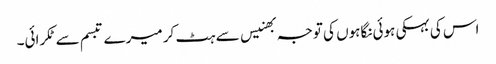
اس کی بہکی ہوئی نگاہوں کی توجہ بھنیس سے ہٹ کر میرے تبسم سے ٹکرائی۔